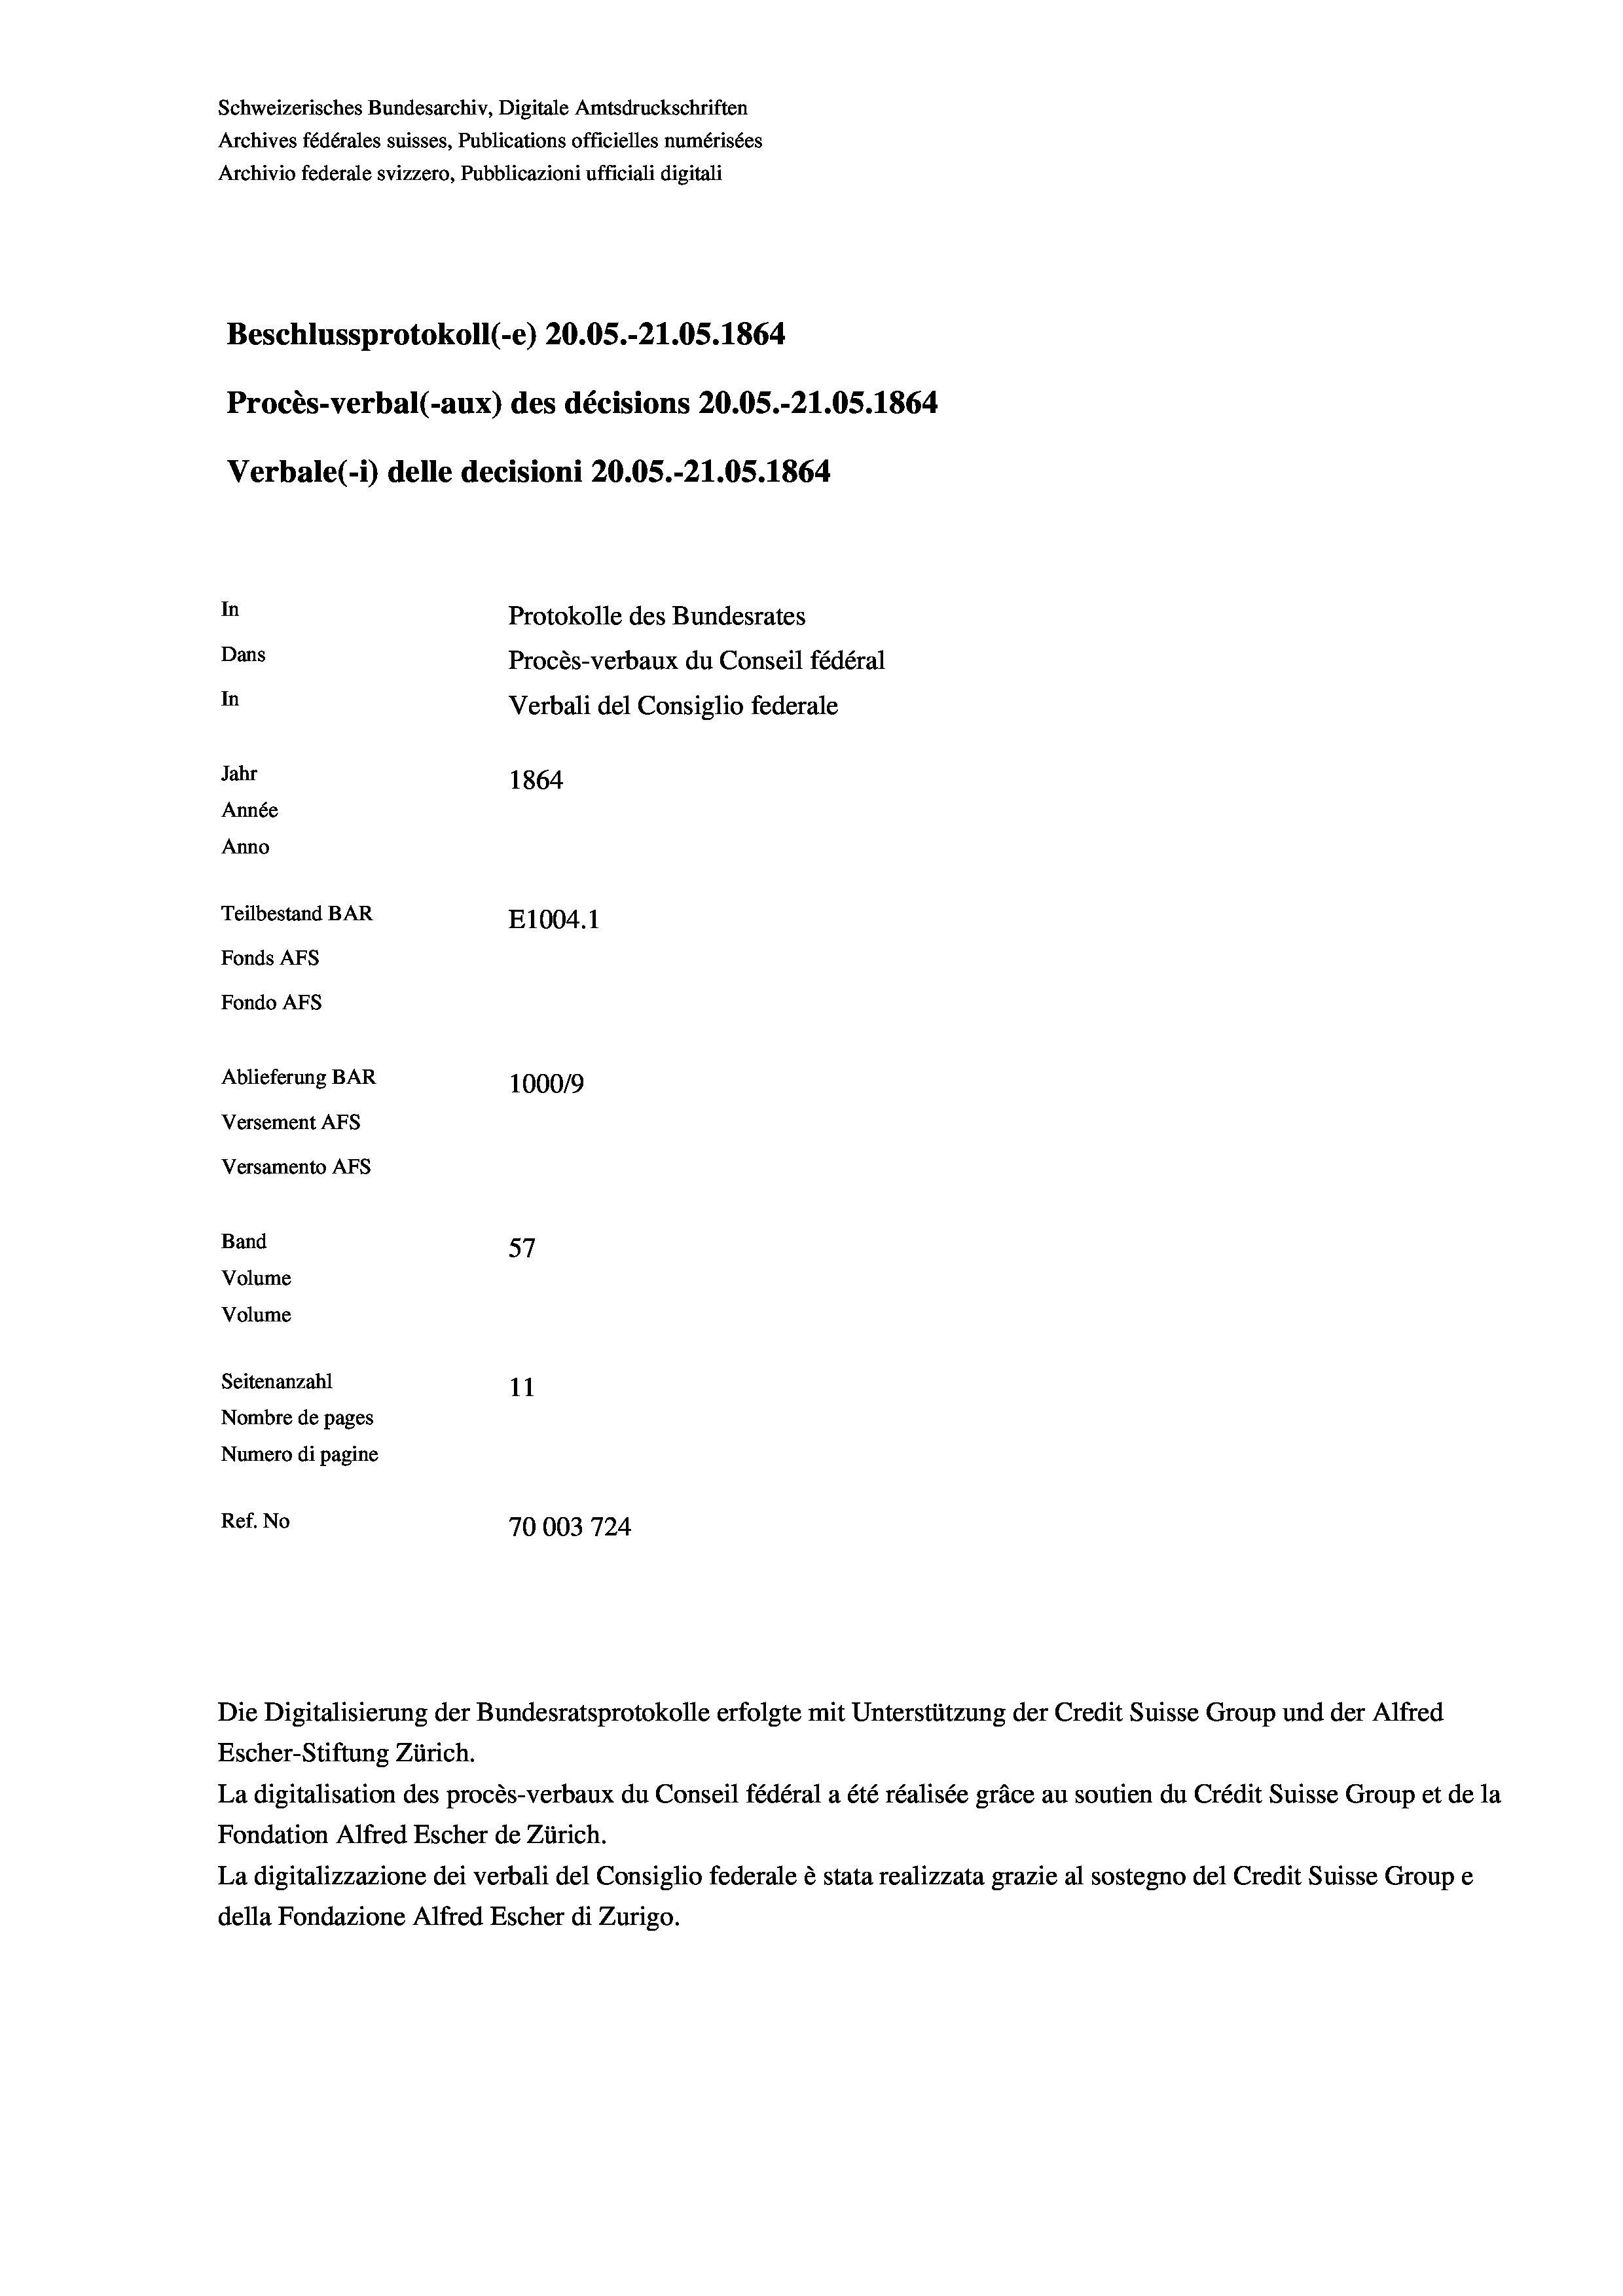
Schweizerisches Bundesarchiv, Digitale Amtsdruckschriften
Archives fédérales suisses, Publications officielles numérisées
Archivio federale svizzero, Pubblicazioni ufficiali digitali
Beschlussprotokoll (-e) 20.05.-21.05. 1864
Procès-verbal (-aux) des décisions 20.05.-21.05. 1864
Verbale (- 1) delle decisioni 20.05.-21.05. 1864
In
Protokolle des Bundesrates
Dans
Procès-verbaux du Conseil fédéral
In
Verbali del Consiglio federale
Jahr
1864
Année
Anno
Teilbestand BAR
E1004.1
Fonds AFs
Fondo AFS
Ablieferung BAR
100019
Versement AFs
Versamento AFs

La digitalisation des procès-verbaux du Conseil fédéral a été réalisée gräce au soutien du Crédit Suisse Group et de la
Fondation Alfred Escher de Zürich.
La digitalizzazione dei verbali del Consiglio federale è stata realizzata grazie al sostegno del Credit Suisse Groupe
della Fondazione Alfred Escher di Zurigo.

5
57
Seitenanzahl
11
Nombre de pages
Numero di pagine
Ref. No
70003 724

Band
Volume
Volume

Die Digitalisierung der Bundesratsprotokolle erfolgte mit Unterstützung der Credit Suisse Group und der Alfred
Escher-Stiftung Zürich.